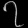
Digit: ၇